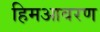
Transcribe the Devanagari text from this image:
हिमआवरण